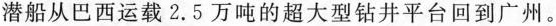
潜船从巴西运载2.5万吨的超大型钻井平台回到广州。